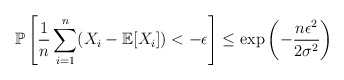
\begin{align*} \mathbb P\left[\frac1n \sum_{i=1}^n (X_i - \mathbb E[X_i]) < -\epsilon\right]\le \exp\left(-\frac{n\epsilon^2}{2\sigma^2}\right) \end{align*}